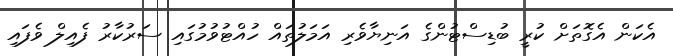
އެކަން އެގޮތަށް ކުރީ ބުޑިސްޓުންގެ އަނިޔާވެރި އަމަލުތައް ހުއްޓުވުމުގައި ސަރުކާރު ފެއިލް ވެފައި